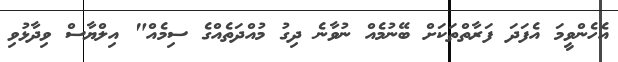
އެހެންވީމަ އެފަދަ ފަރާތްތަކަށް ބޭނުމެއް ނުވާނެ ދިގު މުއްދަތެއްގެ ސިމެއް" އިލްޔާސް ވިދާޅުވި